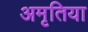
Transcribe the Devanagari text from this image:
अमृतिया